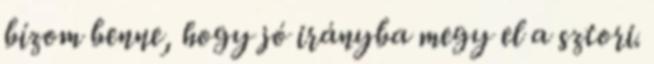
bízom benne, hogy jó irányba megy el a sztori.